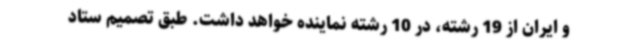
و ایران از 19 رشته، در 10 رشته نماینده خواهد داشت. طبق تصمیم ستاد